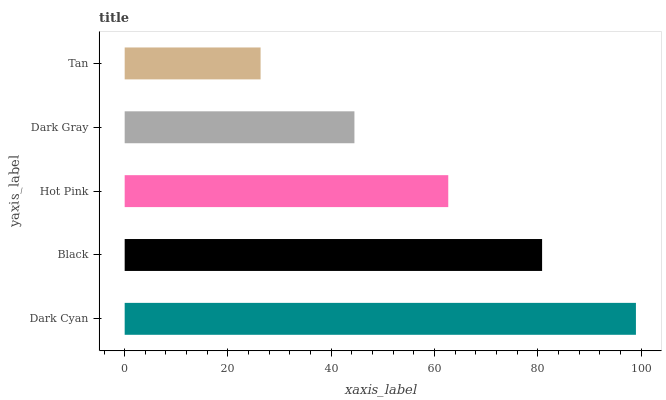
| yaxis_label | bars |
 | --- | --- |
 | Dark Cyan | 99 |
 | Black | 80.8 |
 | Hot Pink | 62.7 |
 | Dark Gray | 44.5 |
 | Tan | 26.3 |